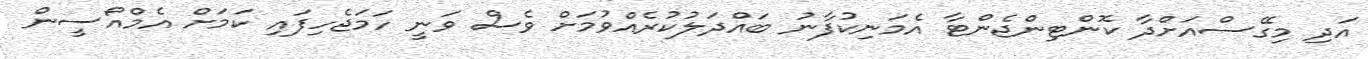
އަދި މިގޭސްއަށްދާ ކޮންޓިންޖެންޓާ އެމަނިކުފާނު ބައްދަލުކުރެއްވުމަށް ވެސް ވަނީ ހަމަޖެހިފައި ކަމަށް އެމްއޯސީން